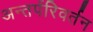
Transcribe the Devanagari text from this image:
अन्तर्परिवर्तन